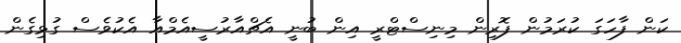
ކަން ފާހަގަ ކުރަމުން ފޮރިން މިނިސްޓްރީ އިން ބުނީ އެޗްއާރުސީއެމްއާ އެކުވެސް ގުޅިގެން